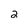
Character: 2